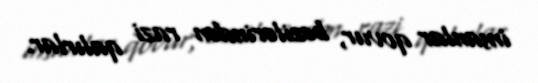
insanlar qovur, bəzilərindən razi qalırlar.